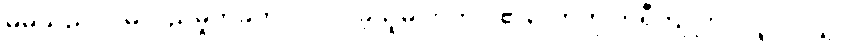
မိမိသည် လိမ်လည်မှုတခုတွင် ပါဝင်ခဲ့သူမှ ဟုတ်ပါ၏လောဟု ဘရီကျူးလို လူပင်လျှင်